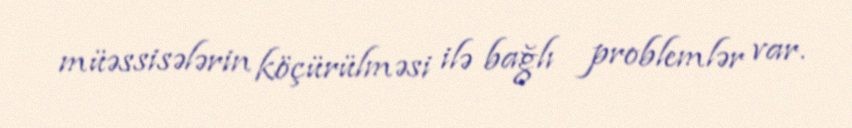
müəssisələrin köçürülməsi ilə bağlı problemlər var.